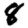
Digit: 8